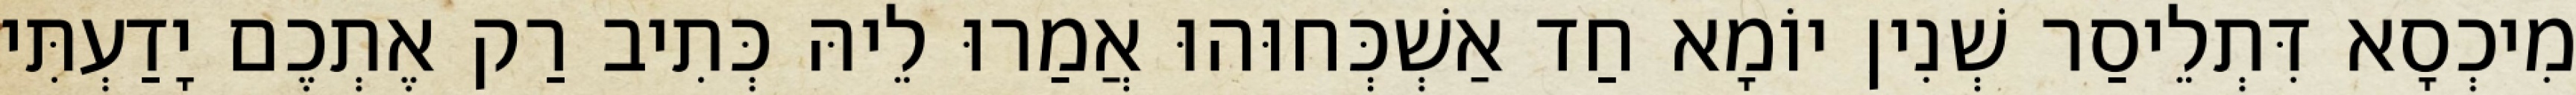
מִיכְסָא דִּתְלֵיסַר שְׁנִין יוֹמָא חַד אַשְׁכְּחוּהוּ אֲמַרוּ לֵיהּ כְּתִיב רַק אֶתְכֶם יָדַעְתִּי